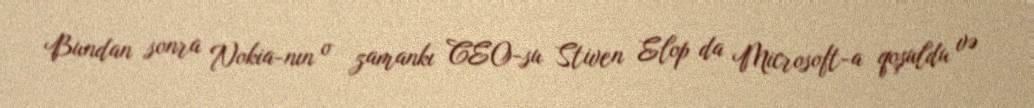
Bundan sonra Nokia-nın o zamankı CEO-su Stiven Elop da Microsoft-a qoşuldu və